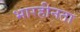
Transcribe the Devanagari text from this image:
भारहीनता